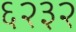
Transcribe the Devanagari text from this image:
६२३२